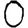
Digit: 0